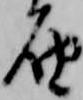
届